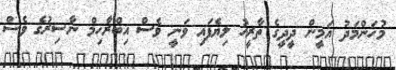
މުހަންމަދު އަމީން ދީދީގެ ތާރީޚު ލިޔެފައި ވަނީ ވެސް އިބްރާހިމްް ނާާސިރުގެ ވެސް